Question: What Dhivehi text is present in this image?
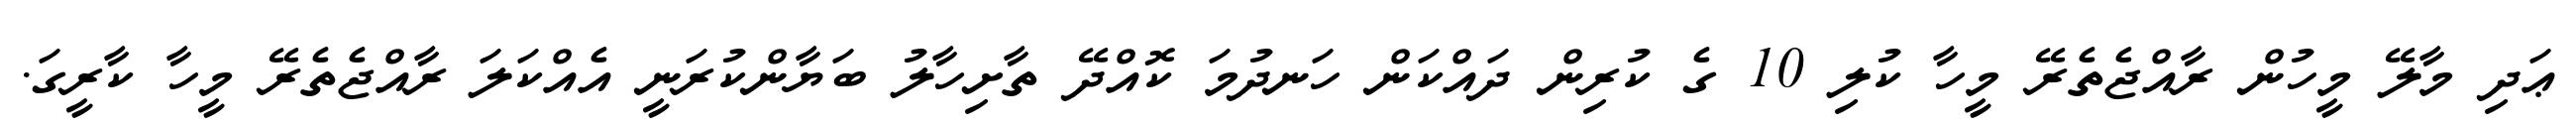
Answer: ޢަދި މާލޭ މީހުން ރާއްޖެތެރޭ މީހާ ކުލި 10 ގެ ކުރިން ދައްކަން ހަނދުމަ ކޮއްދޭ ތާށިހާލު ބަޔާންކުރަނީ އެއްކަލަ ރާއްޖެތެރޭ މީހާ ކާރީގަ.